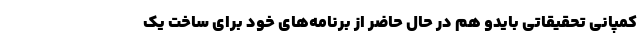
کمپانی تحقیقاتی بایدو هم در حال حاضر از برنامه‌های خود برای ساخت یک